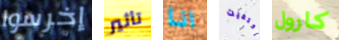
إخرسوا تأثير انا إكتفيت كارول